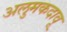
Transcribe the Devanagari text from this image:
अलुमकदावू